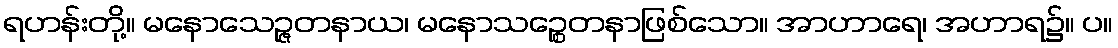
ရဟန်းတို့။ မနောသေဉ္ဇတနာယ၊ မနောသဉ္စေတနာဖြစ်သော။ အာဟာရေ၊ အဟာရ၌။ ပ။